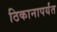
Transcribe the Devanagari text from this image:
ठिकानापर्यंत